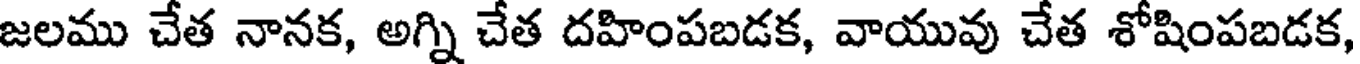
జలము చేత నానక, అగ్ని చేత దహింపబడక, వాయువు చేత శోషింపబడక,